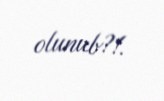
olunub?!.